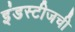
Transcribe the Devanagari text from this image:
इंडस्टीजची